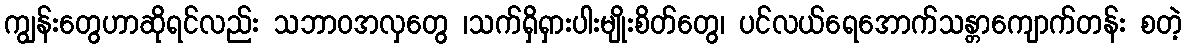
ကျွန်းတွေဟာဆိုရင်လည်း သဘာဝအလှတွေ ၊သက်ရှိရှားပါးမျိုးစိတ်တွေ၊ ပင်လယ်ရေအောက်သန္တာကျောက်တန်း စတဲ့